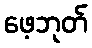
ဖေ့ဘုတ်